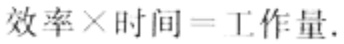
效率\times 时间 = 工作量.